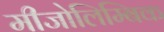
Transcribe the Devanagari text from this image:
मीजोलिम्बिक